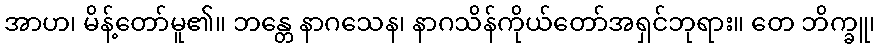
အာဟ၊ မိန့်တော်မူ၏။ ဘန္တေ နာဂသေန၊ နာဂသိန်ကိုယ်တော်အရှင်ဘုရား။ တေ ဘိက္ခူ၊